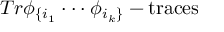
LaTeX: T r \phi _ { \{ i _ { 1 } } \cdot \cdot \cdot \phi _ { i _ { k } \} } - \mathrm { t r a c e s }